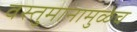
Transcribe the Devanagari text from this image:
वस्तुमानामुळेच